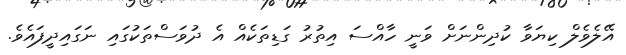
އޭލެވެލް ކިޔަވާ ކުދިންނަށް ވަނީ ހާއްސަ އިތުރު ގަޑިތަކެއް އެ ދުވަސްތަކުގައި ނަގައިދީފައެވެ.